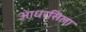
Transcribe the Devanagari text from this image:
आधरसिला